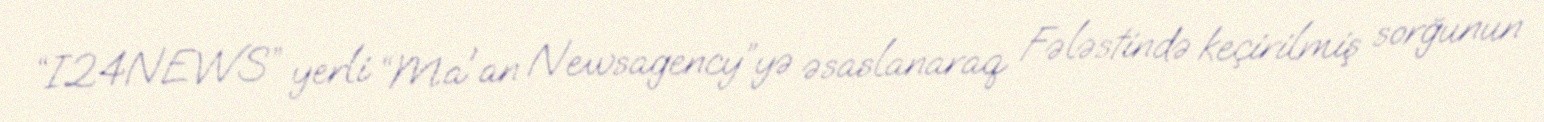
“I24NEWS” yerli “Ma'an Newsagency”yə əsaslanaraq Fələstində keçirilmiş sorğunun